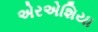
એરએશિયા